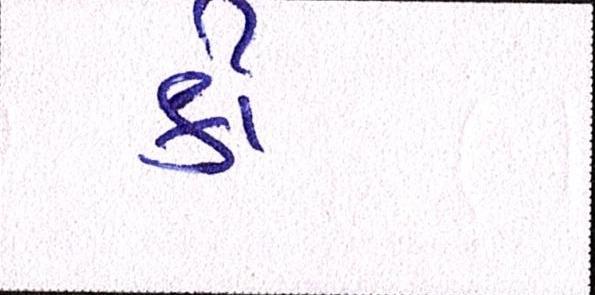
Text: કી